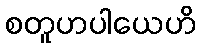
စတူဟပါယေဟိ